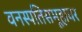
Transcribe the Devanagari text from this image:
वनस्पतिसमूहावर